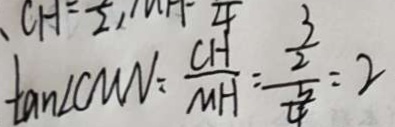
\tan \angle C M N = \frac { C H } { M H } = \frac { \frac { 3 } { 2 } } { \frac { 3 } { 4 } } = 2